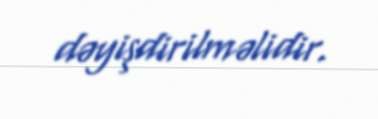
dəyişdirilməlidir.